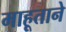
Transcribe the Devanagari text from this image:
माहूताने